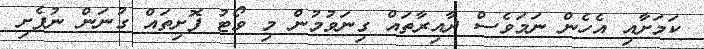
ކަމަށާއި އެހެން ނަމަވެސް ދާއިރާތައް ގިނަވުމުން މި ވޯޓު ފޮށިތައް ގުނަން ނުފެށި